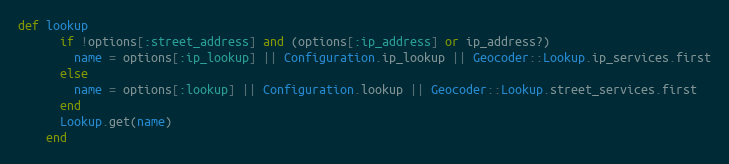
Language: Ruby
def lookup
      if !options[:street_address] and (options[:ip_address] or ip_address?)
        name = options[:ip_lookup] || Configuration.ip_lookup || Geocoder::Lookup.ip_services.first
      else
        name = options[:lookup] || Configuration.lookup || Geocoder::Lookup.street_services.first
      end
      Lookup.get(name)
    end